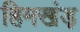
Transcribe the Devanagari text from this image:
हिमखंड़